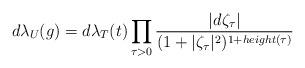
LaTeX: \begin{align*}d\lambda_{U}(g)=d\lambda_T(t)\prod_{\tau>0}\frac{|d\zeta_\tau|}{(1+|\zeta_\tau|^2)^{1+height(\tau)}}\end{align*}